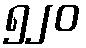
၅၂၀